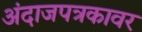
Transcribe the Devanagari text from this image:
अंदाजपत्रकावर